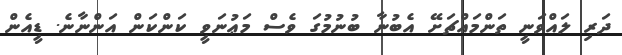
ދަރި ލައްވަނީ ތަންމައްޗަށޭ އެބުނާ ބުނުމުގަ ވެސް މަޢުނަވީ ކަންކަން އަންނާނެ. ޑީއެން